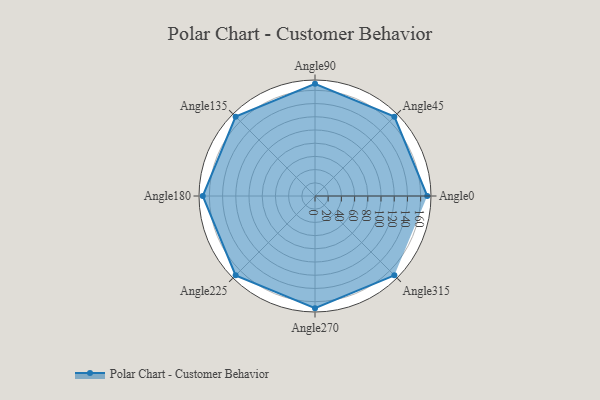
{"axis": {"x": "Angle", "y": "Radius"}, "legend": [""], "data": [{"x": "Angle0", "y": 170, "type": ""}, {"x": "Angle45", "y": 170, "type": ""}, {"x": "Angle90", "y": 170, "type": ""}, {"x": "Angle135", "y": 170, "type": ""}, {"x": "Angle180", "y": 170, "type": ""}, {"x": "Angle225", "y": 170, "type": ""}, {"x": "Angle270", "y": 170, "type": ""}, {"x": "Angle315", "y": 170, "type": ""}]}